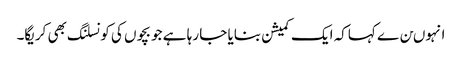
انہوںن ے کہاکہ ایک کمیشن بنایا جا رہا ہے جو بچوں کی کونسلنگ بھی کریگا۔